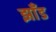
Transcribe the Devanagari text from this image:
झाँड